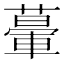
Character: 𦾥